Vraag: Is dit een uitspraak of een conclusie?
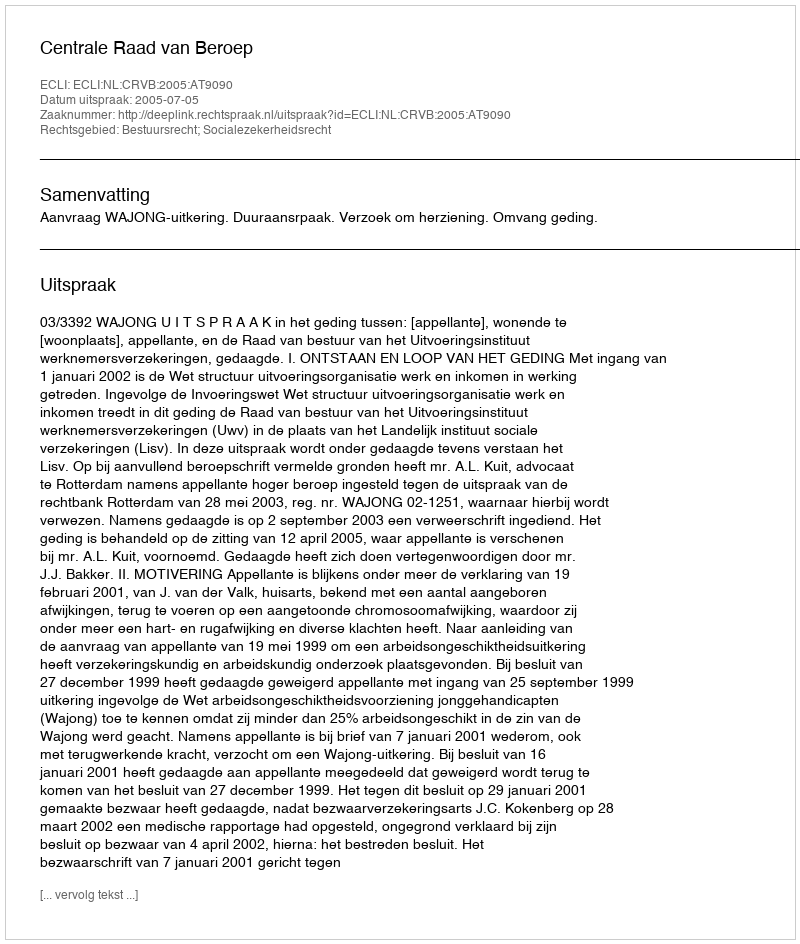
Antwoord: Uitspraak